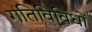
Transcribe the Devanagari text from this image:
गतिविविधों